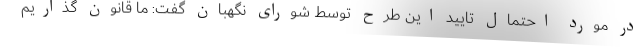
در مورد احتمال تایید این طرح توسط شورای نگهبان گفت: ما قانون گذاریم